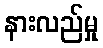
နားလည်မှု